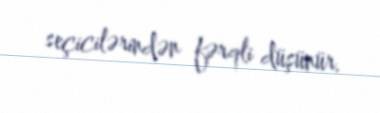
seçicilərindən fərqli düşünür.